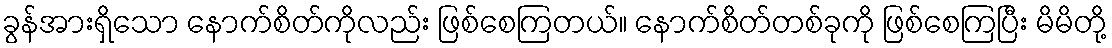
ခွန်အားရှိသော နောက်စိတ်ကိုလည်း ဖြစ်စေကြတယ်။ နောက်စိတ်တစ်ခုကို ဖြစ်စေကြပြီး မိမိတို့